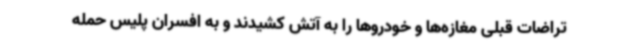
تراضات قبلی مغازه‌ها و خودروها را به آتش کشیدند و به افسران پلیس حمله